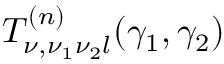
T _ { \nu , \nu _ { 1 } \nu _ { 2 } l } ^ { ( n ) } ( \gamma _ { 1 } , \gamma _ { 2 } )